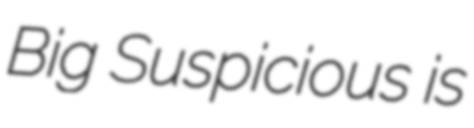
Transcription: Big Suspicious is